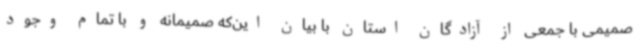
صمیمی با جمعی از آزادگان استان با بیان این‌که صمیمانه و با تمام وجود